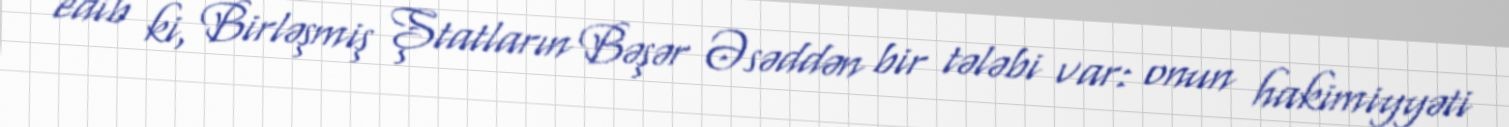
edib ki, Birləşmiş Ştatların Bəşər Əsəddən bir tələbi var: onun hakimiyyəti